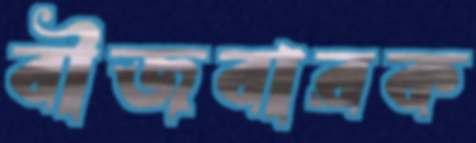
বীজবারক